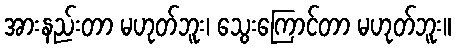
အားနည်းတာ မဟုတ်ဘူး၊ သွေးကြောင်တာ မဟုတ်ဘူး။